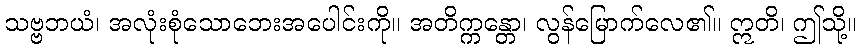
သဗ္ဗဘယံ၊ အလုံးစုံသောဘေးအပေါင်းကို။ အတိက္ကန္တော၊ လွန်မြောက်လေ၏။ ဣတိ၊ ဤသို့။